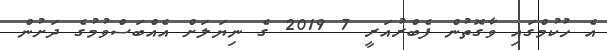
އެ ހުކުމްގައި ވާގޮތުން ފެބްރުއަރީ 7 2019 ގެ ނިޔަލަށް އެއްބަސްވުމުގެ ދަށުން